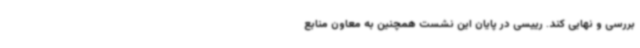
بررسی و نهایی کند. رییسی در پایان این نشست همچنین به معاون منابع